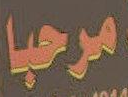
مرحبا